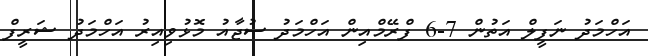
އަހްމަދު ނަފީލް އަތުން 7-6 ފްރޭމްއިން އަހްމަދު ސުޖާއު މޮޅުވިއިރު އަހްމަދު ޝަރީފް